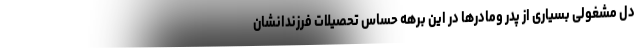
دل مشغولی بسیاری از پدر ومادرها در این برهه حساس تحصیلات فرزندانشان